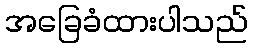
အခြေခံထားပါသည်